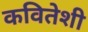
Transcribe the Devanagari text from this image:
कवितेशी